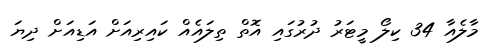
މާލެއާ 34 ކިލޯ މީޓަރު ދުރުގައި އޮތް ތިލައެއް ކައިރިއަށް އަޑިއަށް ދިޔަ